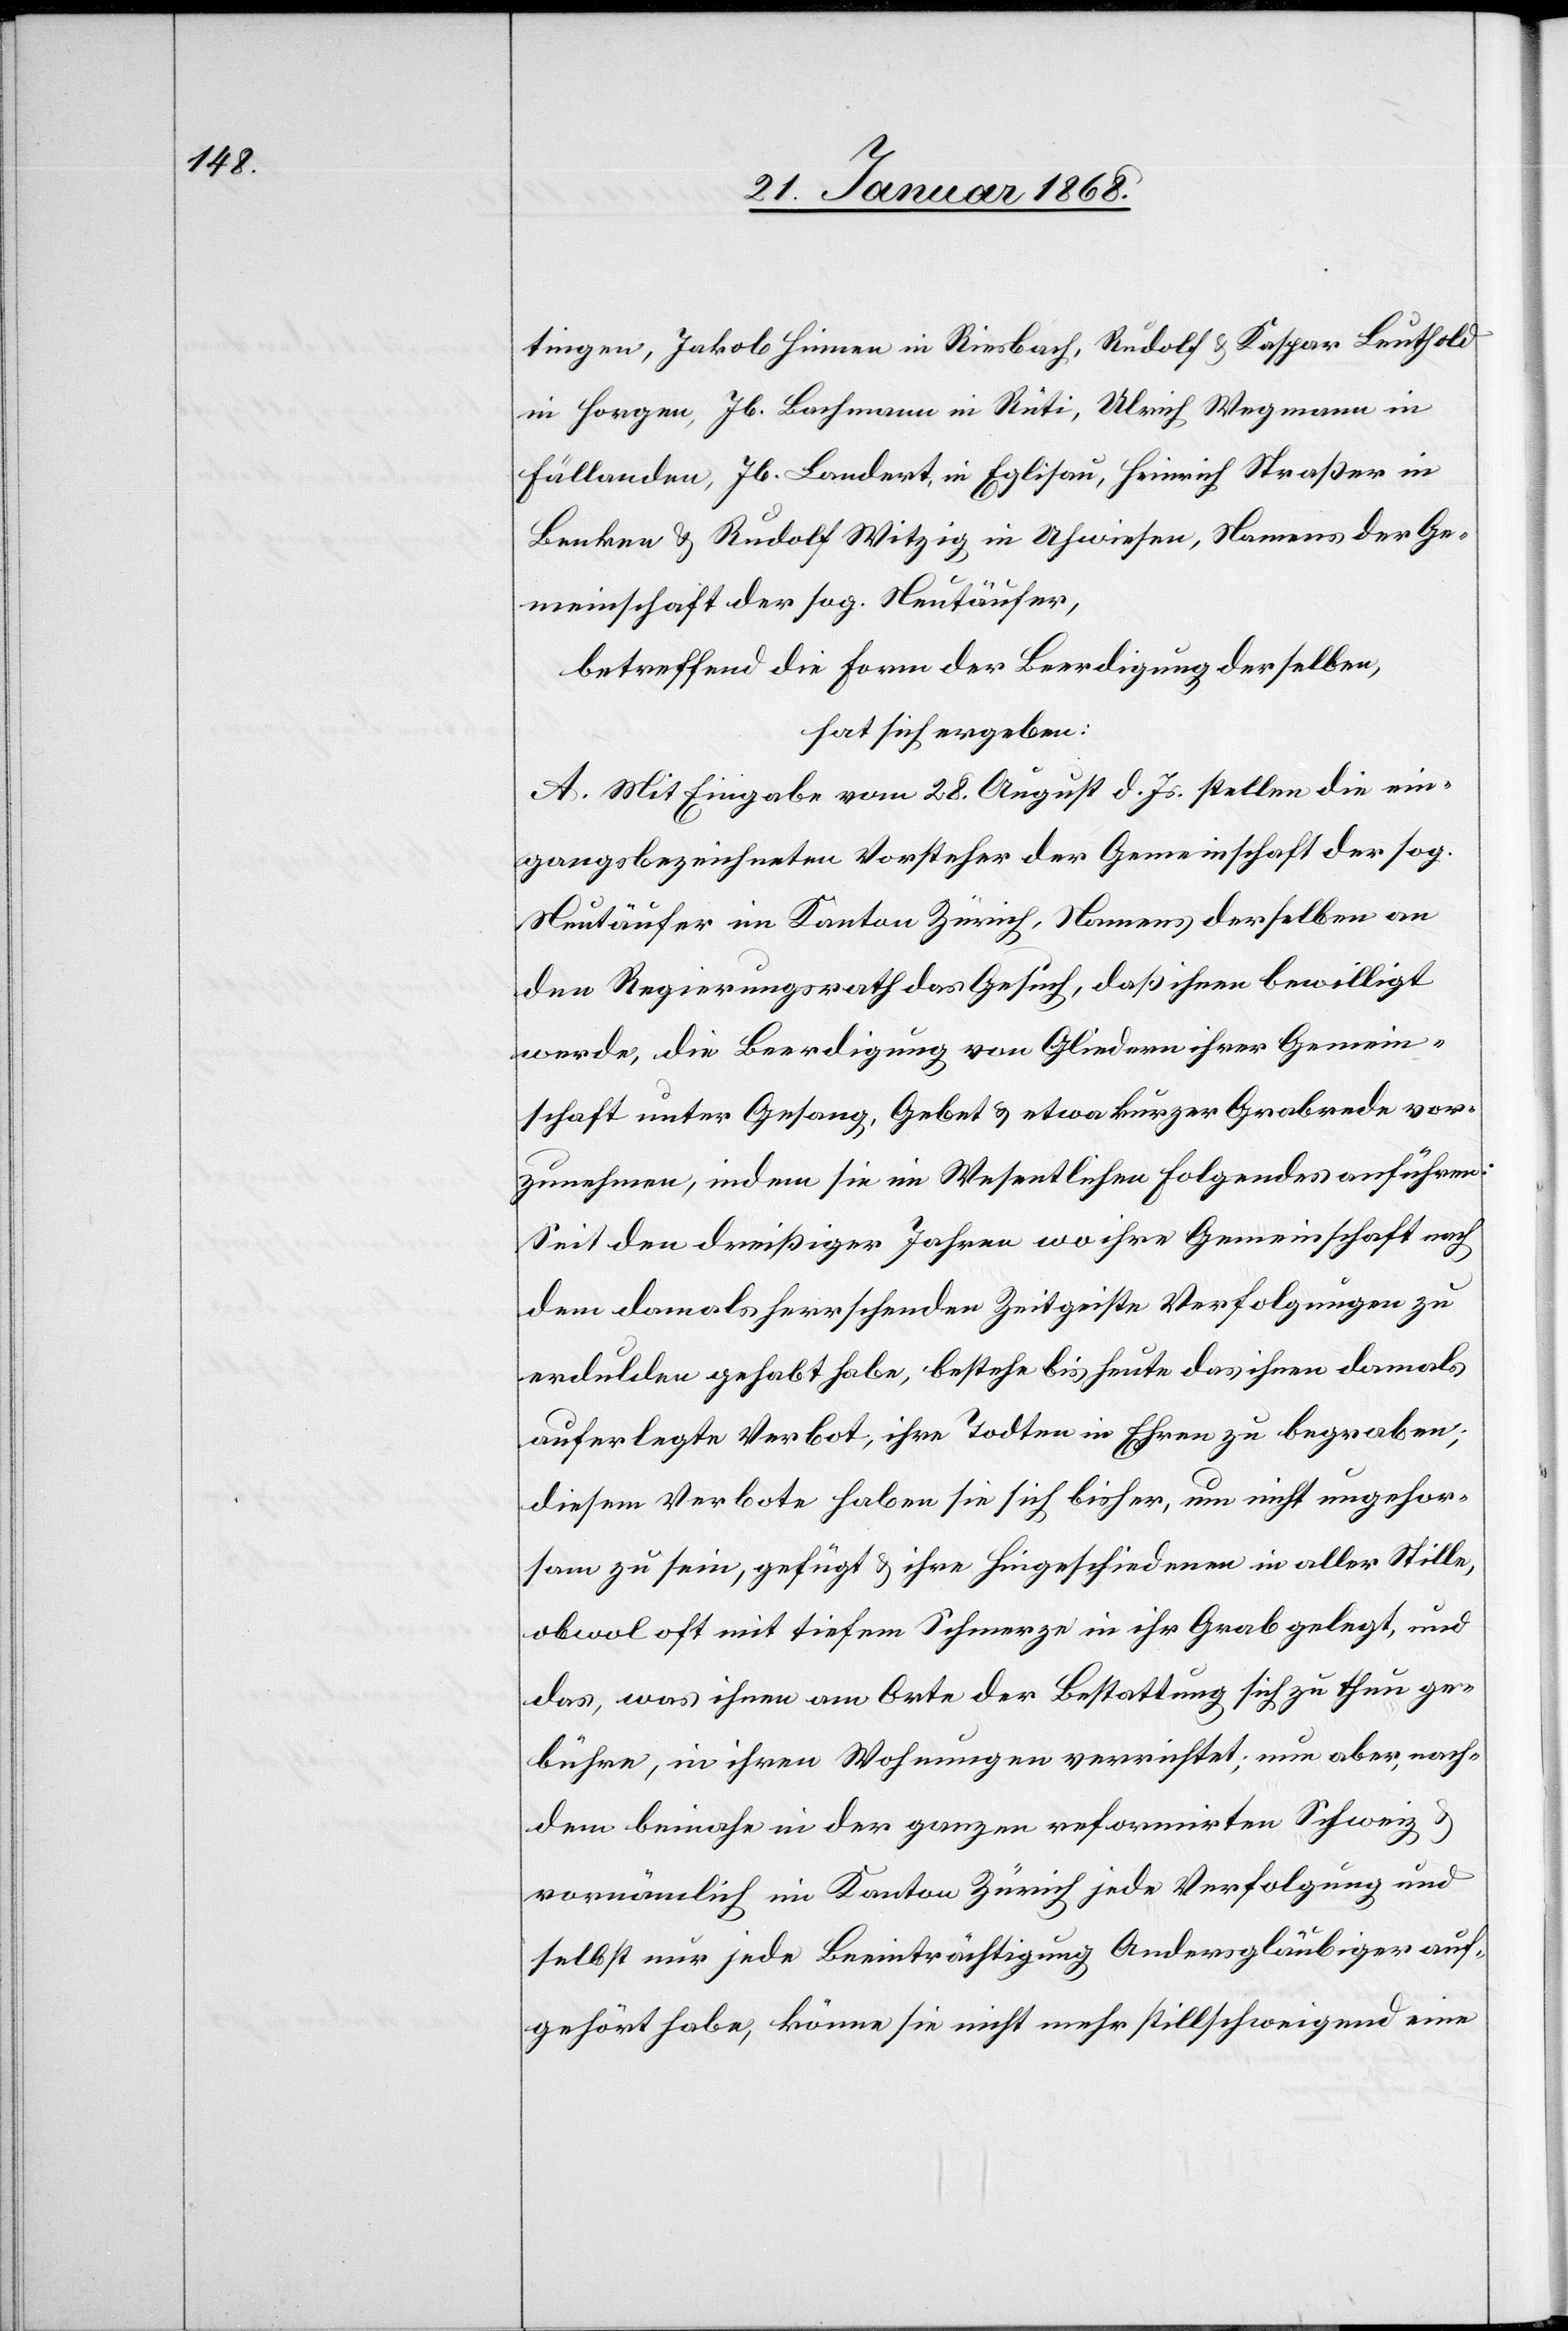
tingen, Jakob Hinnen in Riesbach, Rudolf & Kaspar Leuthold
in Horgen, Jb. Bachmann in Rüti, Ulrich Wegmann in
Fällanden, Jb. Landert, in Eglisau, Heinrich Straßer in
Benken & Rudolf Witzig in Uhwiesen, Namens der Ge¬
meinschaft der sog. Neutäufer,
betreffend die Form der Beerdigung derselben,
hat sich ergeben:
A. Mit Eingabe vom 28. August d. Js. stellen die ein¬
gangsbezeichneten Vorsteher der Gemeinschaft der sog.
Neutäufer im Kanton Zürich, Namens derselben an
den Regierungsrath das Gesuch, daß ihnen bewilligt
werde, die Beerdigung von Gliedern ihrer Gemein¬
schaft unter Gesang, Gebet & etwa kurzer Grabrede vor¬
zunehmen, indem sie im Wesentlichen Folgendes anführen:
Seit den dreißiger Jahren wo ihre Gemeinschaft nach
dem damals herrschenden Zeitgeiste Verfolgungen zu
erdulden gehabt habe, bestehe bis heute das ihnen damals
auferlegte Verbot, ihre Todten in Ehren zu begraben;
diesem Verbote haben sie sich bisher, um nicht ungehor¬
sam zu sein, gefügt & ihre Hingeschiedenen in aller Stille,
obwol oft mit tiefem Schmerze in ihr Grab gelegt, und
das, was ihnen am Orte der Bestattung sich zu thun ge¬
bühre, in ihren Wohnungen verrichtet; nun aber, nach¬
dem beinahe in der ganzen reformirten Schweiz &
vornämlich im Kanton Zürich jede Verfolgung und
selbst nur jede Beeinträchtigung Andersgläubiger auf¬
gehört habe, könne sie nicht mehr stillschweigend eine